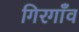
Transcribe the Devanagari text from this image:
गिरगाँव